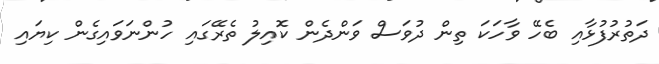
ދަތުރުފުޅާއި ބެހޭ ވާހަކަ ތިން ދުވަސް ވަންދެން ކޮއިލު ތެރޭގައި ހުންނަވައިގެން ކިޔައި